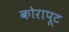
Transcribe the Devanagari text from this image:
कोरापूट